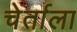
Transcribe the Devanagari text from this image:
चेर्ताला